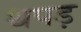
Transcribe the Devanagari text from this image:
थपड़